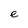
Character: e